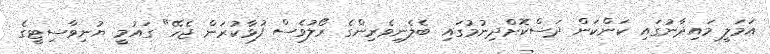
އަމަލީ މައިދާނުގައި ކަންކަން ދަސްކޮށްދިނުމުގައި ބެލެނިވެރިންގެ ރޯލުވެސް ފުޅާކުރަން ޖެހޭ" ގައުމީ ޔުނިވާސިޓީގެ